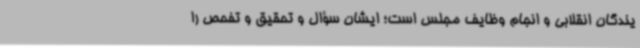
یندگان انقلابی و انجام وظایف مجلس است؛ ایشان سؤال و تحقیق و تفحص را